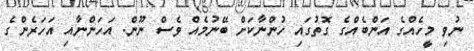
ނުވި މީހެއްގެ އަންބެއްގެ ގޮތުގައި ހުންނާކަށް ބޭނުމެއް ވެސް ނޫން. އަހަންނާއި އަހަރެންގެ